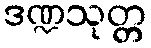
ဒဏ္ဍသုတ္တ